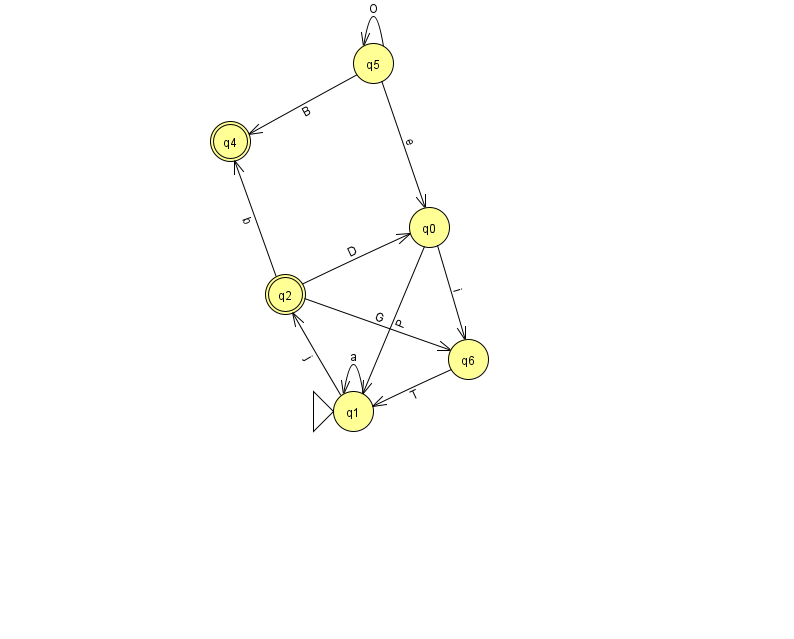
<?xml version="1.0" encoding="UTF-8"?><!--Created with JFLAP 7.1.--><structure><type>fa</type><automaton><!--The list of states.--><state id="0" name="q0"><x>429.0</x><y>214.0</y></state><state id="1" name="q1"><x>353.0</x><y>398.0</y><initial/></state><state id="2" name="q2"><x>285.0</x><y>281.0</y><final/></state><state id="4" name="q4"><x>230.0</x><y>128.0</y><final/></state><state id="5" name="q5"><x>373.0</x><y>50.0</y></state><state id="6" name="q6"><x>468.0</x><y>346.0</y></state><!--The list of transitions.--><transition><from>1</from><to>1</to><read>a</read></transition><transition><from>5</from><to>0</to><read>e</read></transition><transition><from>6</from><to>1</to><read>T</read></transition><transition><from>0</from><to>6</to><read>i</read></transition><transition><from>2</from><to>4</to><read>b</read></transition><transition><from>2</from><to>6</to><read>G</read></transition><transition><from>5</from><to>4</to><read>B</read></transition><transition><from>0</from><to>1</to><read>P</read></transition><transition><from>2</from><to>0</to><read>D</read></transition><transition><from>1</from><to>2</to><read>j</read></transition><transition><from>5</from><to>5</to><read>O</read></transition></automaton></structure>